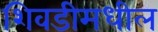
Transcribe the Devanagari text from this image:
शिवडीमधील